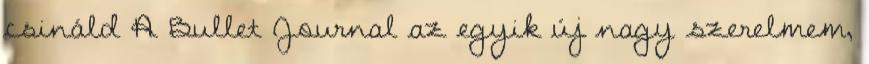
csináld A Bullet Journal az egyik új nagy szerelmem,